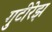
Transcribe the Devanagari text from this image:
गुटीरेझ